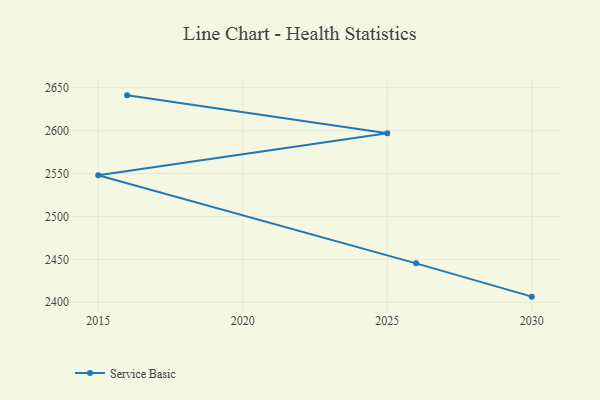
{"axis": {"x": "Year", "y": "Gross Profit (USD K)"}, "legend": ["Service Basic"], "data": [{"x": "2030", "y": 2406.5, "type": "Service Basic"}, {"x": "2026", "y": 2445.3, "type": "Service Basic"}, {"x": "2015", "y": 2548.1, "type": "Service Basic"}, {"x": "2025", "y": 2597.1, "type": "Service Basic"}, {"x": "2016", "y": 2641.2, "type": "Service Basic"}]}